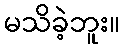
မသိခဲ့ဘူး။